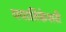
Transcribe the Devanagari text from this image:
ययातिकेशरी